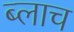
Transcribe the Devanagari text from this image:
ब्लाच